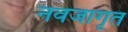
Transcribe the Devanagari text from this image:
नवजागृत